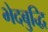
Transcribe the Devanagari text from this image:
भेदबुद्धि